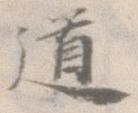
道